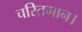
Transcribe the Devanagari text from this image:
चरितगान।